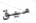
ميق